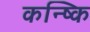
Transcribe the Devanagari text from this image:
कन्ष्कि